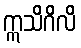
ဣသိဂိလိ